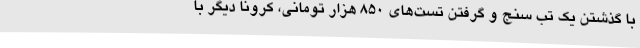
با گذشتن یک تب سنج و گرفتن تست‌های 850 هزار تومانی، کرونا دیگر با